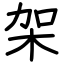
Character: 架